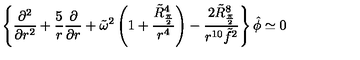
\left\{ { \frac { \partial ^ { 2 } } { \partial r ^ { 2 } } } + { \frac { 5 } { r } } { \frac { \partial } { \partial r } } + \tilde { \omega } ^ { 2 } \left( 1 + { \frac { \tilde { R } _ { \frac { \pi } { 2 } } ^ { 4 } } { r ^ { 4 } } } \right) - { \frac { 2 \tilde { R } _ { \frac { \pi } { 2 } } ^ { 8 } } { r ^ { 1 0 } \tilde { f } ^ { 2 } } } \right\} \hat { \phi } \simeq 0